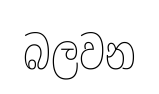
බලවන